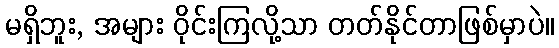
မရှိဘူး, အများ ဝိုင်းကြလို့သာ တတ်နိုင်တာဖြစ်မှာပဲ။